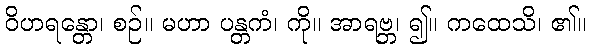
ဝိဟရန္တော၊ စဉ်။ မဟာ ပန္တကံ၊ ကို။ အာရဗ္ဘ၊ ၍။ ကထေသိ၊ ၏။